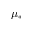
\mu _ { * }